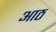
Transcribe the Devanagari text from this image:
अाठ